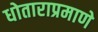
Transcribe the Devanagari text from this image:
धोताराप्रमाणे